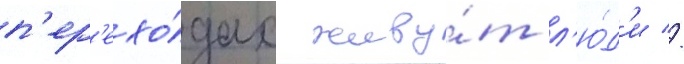
п'ер'ехо́дах живу́т л'ю́д'и //